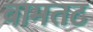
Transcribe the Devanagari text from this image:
वामतट